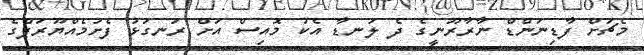
މެޗަށް ފާޑިނަންޑް ނާރާރޫނީގެ ދެ ލަނޑާ އެކު މޮއިސް އަށް ރަނގަޅު ފެށުމެއްޔޫރަޕްގެ